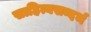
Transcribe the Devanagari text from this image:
साहित्यसन्दर्भ